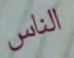
الناس